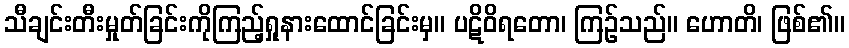
သီချင်းတီးမှုတ်ခြင်းကိုကြည့်ရှုနားထောင်ခြင်းမှ။ ပဋိဝိရတော၊ ကြဉ်သည်။ ဟောတိ၊ ဖြစ်၏။